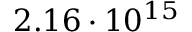
2 . 1 6 \cdot 1 0 ^ { 1 5 }